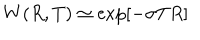
W ( R , T ) \simeq \exp \left[ - \sigma T R \right]